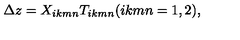
\Delta z = X _ { i k m n } T _ { i k m n } ( i k m n = 1 , 2 ) ,